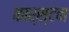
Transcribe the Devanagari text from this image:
कार्स्टन